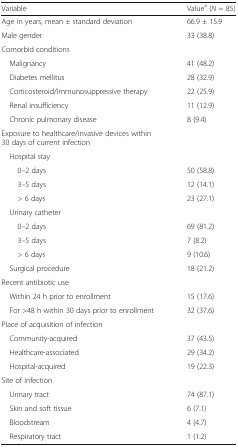
<table><thead><tr><td><b>Variable</b></td><td><b>Value<sup>a</sup> (<i>N</i> = 85)</b></td></tr></thead><tbody><tr><td>Age in years, mean ± standard deviation</td><td>66.9 ± 15.9</td></tr><tr><td>Male gender</td><td>33 (38.8)</td></tr><tr><td colspan="2">Comorbid conditions</td></tr><tr><td> Malignancy</td><td>41 (48.2)</td></tr><tr><td> Diabetes mellitus</td><td>28 (32.9)</td></tr><tr><td> Corticosteroid/Immunosuppressive therapy</td><td>22 (25.9)</td></tr><tr><td> Renal insufficiency</td><td>11 (12.9)</td></tr><tr><td> Chronic pulmonary disease</td><td>8 (9.4)</td></tr><tr><td colspan="2">Exposure to healthcare/invasive devices within 30 days of current infection</td></tr><tr><td colspan="2"> Hospital stay</td></tr><tr><td>0–2 days</td><td>50 (58.8)</td></tr><tr><td>3–5 days</td><td>12 (14.1)</td></tr><tr><td>&gt; 6 days</td><td>23 (27.1)</td></tr><tr><td colspan="2"> Urinary catheter</td></tr><tr><td>0–2 days</td><td>69 (81.2)</td></tr><tr><td>3–5 days</td><td>7 (8.2)</td></tr><tr><td>&gt; 6 days</td><td>9 (10.6)</td></tr><tr><td> Surgical procedure</td><td>18 (21.2)</td></tr><tr><td colspan="2">Recent antibiotic use</td></tr><tr><td> Within 24 h prior to enrollment</td><td>15 (17.6)</td></tr><tr><td> For &gt;48 h within 30 days prior to enrollment</td><td>32 (37.6)</td></tr><tr><td colspan="2">Place of acquisition of infection</td></tr><tr><td> Community-acquired</td><td>37 (43.5)</td></tr><tr><td> Healthcare-associated</td><td>29 (34.2)</td></tr><tr><td> Hospital-acquired</td><td>19 (22.3)</td></tr><tr><td colspan="2">Site of infection</td></tr><tr><td> Urinary tract</td><td>74 (87.1)</td></tr><tr><td> Skin and soft tissue</td><td>6 (7.1)</td></tr><tr><td> Bloodstream</td><td>4 (4.7)</td></tr><tr><td> Respiratory tract</td><td>1 (1.2)</td></tr></tbody></table>